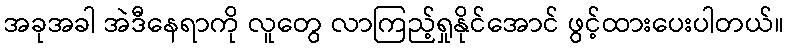
အခုအခါ အဲဒီနေရာကို လူတွေ လာကြည့်ရှုနိုင်အောင် ဖွင့်ထားပေးပါတယ်။